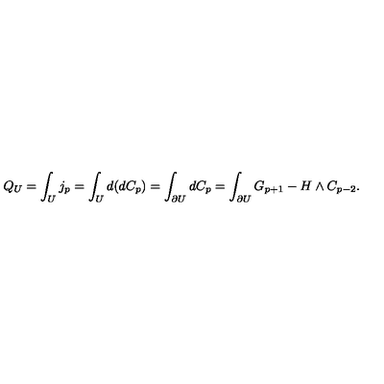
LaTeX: Q _ { U } = \int _ { U } j _ { p } = \int _ { U } d ( d C _ { p } ) = \int _ { \partial U } d C _ { p } = \int _ { \partial U } G _ { p + 1 } - H \wedge C _ { p - 2 } .